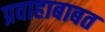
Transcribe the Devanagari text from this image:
प्रवाहाबाबत